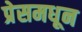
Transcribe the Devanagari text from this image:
प्रेसमधून